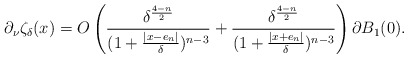
\begin{align*}\partial_\nu \zeta_\delta(x)=O\left(\frac{\delta^\frac{4-n}{2}}{(1+\frac{|x- e_n|}{\delta})^{n-3}}+ \frac{\delta^\frac{4-n}{2}}{(1+\frac{|x+ e_n|}{\delta})^{n-3}}\right) \partial B_1(0). \end{align*}